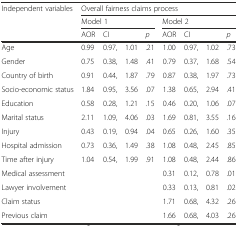
<table><thead><tr><td rowspan="3"><b>Independent variables</b></td><td colspan="8"><b>Overall fairness claims process</b></td></tr><tr><td colspan="4"><b>Model 1</b></td><td colspan="4"><b>Model 2</b></td></tr><tr><td><b>AOR</b></td><td colspan="2"><b>CI</b></td><td><b><i>p</i></b></td><td><b>AOR</b></td><td><b>CI</b></td><td></td><td><b><i>p</i></b></td></tr></thead><tbody><tr><td>Age</td><td>0.99</td><td>0.97,</td><td>1.01</td><td>.21</td><td>1.00</td><td>0.97,</td><td>1.02</td><td>.73</td></tr><tr><td>Gender</td><td>0.75</td><td>0.38,</td><td>1.48</td><td>.41</td><td>0.79</td><td>0.37,</td><td>1.68</td><td>.54</td></tr><tr><td>Country of birth</td><td>0.91</td><td>0.44,</td><td>1.87</td><td>.79</td><td>0.87</td><td>0.38,</td><td>1.97</td><td>.73</td></tr><tr><td>Socio-economic status</td><td>1.84</td><td>0.95,</td><td>3.56</td><td>.07</td><td>1.38</td><td>0.65,</td><td>2.94</td><td>.41</td></tr><tr><td>Education</td><td>0.58</td><td>0.28,</td><td>1.21</td><td>.15</td><td>0.46</td><td>0.20,</td><td>1.06</td><td>.07</td></tr><tr><td>Marital status</td><td>2.11</td><td>1.09,</td><td>4.06</td><td>.03</td><td>1.69</td><td>0.81,</td><td>3.55</td><td>.16</td></tr><tr><td>Injury</td><td>0.43</td><td>0.19,</td><td>0.94</td><td>.04</td><td>0.65</td><td>0.26,</td><td>1.60</td><td>.35</td></tr><tr><td>Hospital admission</td><td>0.73</td><td>0.36,</td><td>1.49</td><td>.38</td><td>1.08</td><td>0.48,</td><td>2.45</td><td>.85</td></tr><tr><td>Time after injury</td><td>1.04</td><td>0.54,</td><td>1.99</td><td>.91</td><td>1.08</td><td>0.48,</td><td>2.44</td><td>.86</td></tr><tr><td>Medical assessment</td><td></td><td></td><td></td><td></td><td>0.31</td><td>0.12,</td><td>0.78</td><td>.01</td></tr><tr><td>Lawyer involvement</td><td></td><td></td><td></td><td></td><td>0.33</td><td>0.13,</td><td>0.81</td><td>.02</td></tr><tr><td>Claim status</td><td></td><td></td><td></td><td></td><td>1.71</td><td>0.68,</td><td>4.32</td><td>.26</td></tr><tr><td>Previous claim</td><td></td><td></td><td></td><td></td><td>1.66</td><td>0.68,</td><td>4.03</td><td>.26</td></tr></tbody></table>